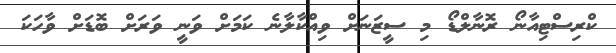
ކްރިސްޓިއާނޯ ރޮނާލްޑޯ މި ސީޒަނަށް ވިއްކާލާނެ ކަމަށް ވަނީ ވަރަށް ބޮޑަށް ވާހަކަ